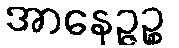
အာနေဉ္ဇဉ္စ